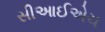
સીઆઈએચ